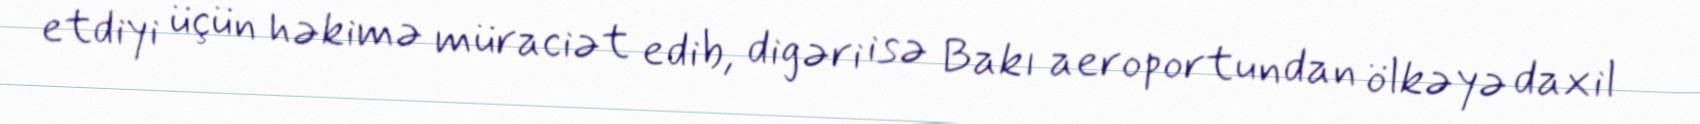
etdiyi üçün həkimə müraciət edib, digəri isə Bakı aeroportundan ölkəyə daxil